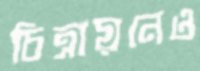
চিত্রায়নেও